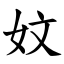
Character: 妏